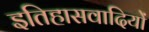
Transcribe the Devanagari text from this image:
इतिहासवादियों